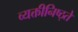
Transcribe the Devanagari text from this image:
व्यक्तीनिष्ठ्ते